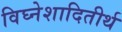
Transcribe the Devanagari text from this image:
विघ्नेशादितीर्थ